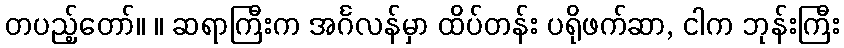
တပည့်တော်။ ။ ဆရာကြီးက အင်္ဂလန်မှာ ထိပ်တန်း ပရိုဖက်ဆာ, ငါက ဘုန်းကြီး